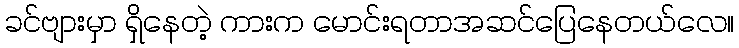
ခင်ဗျားမှာ ရှိနေတဲ့ ကားက မောင်းရတာအဆင်ပြေနေတယ်လေ။